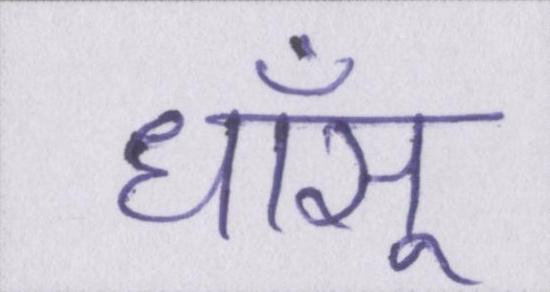
धाँसू